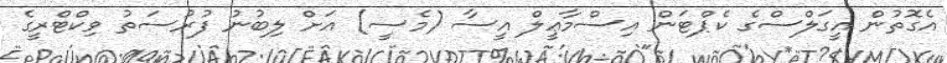
އެގޮތުން އީގަލްސްގެ ކެޕްޓަން އިސްމާޢީލް އީސާ (މެސީ) އަށް ލިބުނު ފުރުސަތު ވިކްޓްރީގެ